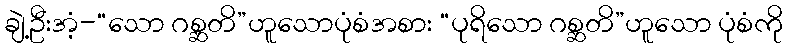
ချဲ့ဦးအံ့-“သော ဂစ္ဆတိ”ဟူသောပုံစံအစား “ပုရိသော ဂစ္ဆတိ”ဟူသော ပုံစံကို